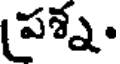
పశ్న.